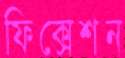
ফিক্সেশন